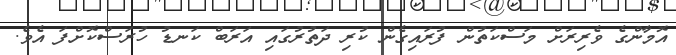
އޮމާންގެ ވެރިރަށް މަސްކަތުން ފުރައިގެން ކުރި ދަތުރުގައި އަރަބް ކަނޑު ހުރަސްކޮށްފަ އެވެ.